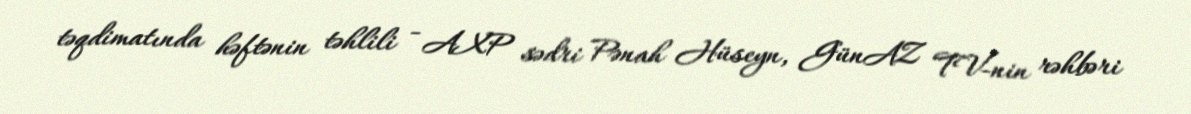
təqdimatında həftənin təhlili - AXP sədri Pənah Hüseyn, GünAZ TV-nin rəhbəri